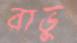
রাভু